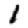
Digit: 1